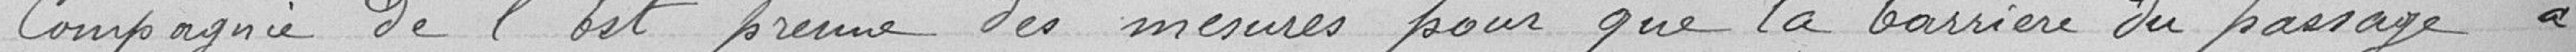
Compagnie de l'Est prenne des mesures pour que la barrière du passage à